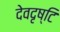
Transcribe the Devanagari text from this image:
देवदृष्टि